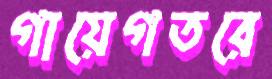
গায়েগতরে